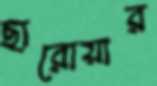
ছারোয়ার